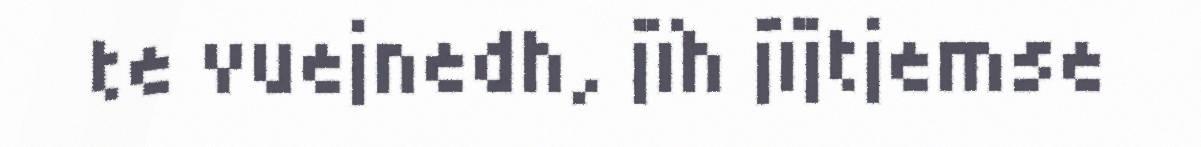
te vuejnedh, jïh jïjtjemse